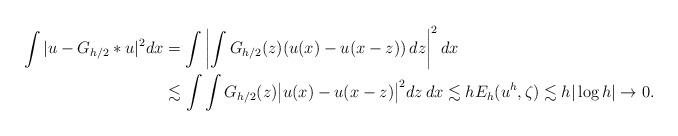
LaTeX: \begin{align*} \int |u-G_{h/2}\ast u|^2dx & = \int \left| \int G_{h/2}(z) (u(x)-u(x-z))\,dz\right|^2 dx\\ & \lesssim \int \int G_{h/2}(z) \big|u(x)-u(x-z)\big|^2dz\,dx \lesssim h E_{h}(u^h,\zeta) \lesssim h|\log h| \to 0. \end{align*}